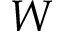
W